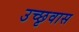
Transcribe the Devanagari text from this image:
उच्छृवास